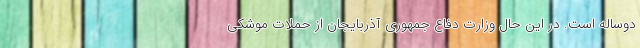
دوساله است. در این حال وزارت دفاع جمهوری آذربایجان از حملات موشکی